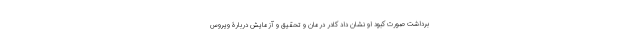
برداشت صورت کبود او نشان داد کادر درمان و تحقیق و آزمایش دربارۀ ویروس